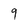
Character: 9